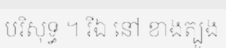
បរិសុទ្ធ ។ រីឯ នៅ ខាងត្បូង